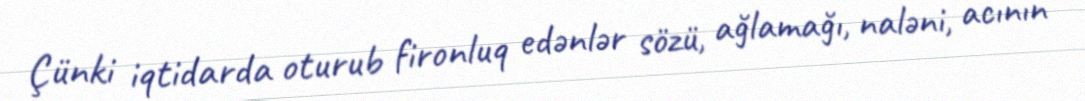
Çünki iqtidarda oturub fironluq edənlər sözü, ağlamağı, naləni, acının